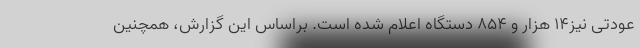
عودتی نیز۱۴ هزار و ۸۵۴ دستگاه اعلام شده است. براساس این گزارش، همچنین